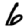
Digit: 6